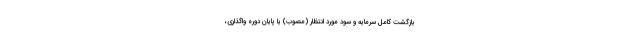
بازگشت کامل سرمایه و سود مورد انتظار (مصوب) یا پایان دوره واگذاری،